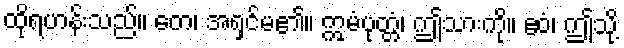
ထိုရဟန်းသည်။ တေ၊ အရှင်မ၏။ ဣမံပုတ္တံ၊ ဤသားကို။ ဧဝံ၊ ဤသို့